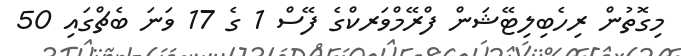
މިގޮތުން ރިހެބިލިޓޭޝަން ފްރޭމްވަރކްގެ ފޭސް 1 ގެ 17 ވަނަ ބެޗްގައި 50